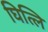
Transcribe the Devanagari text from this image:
घित्लि